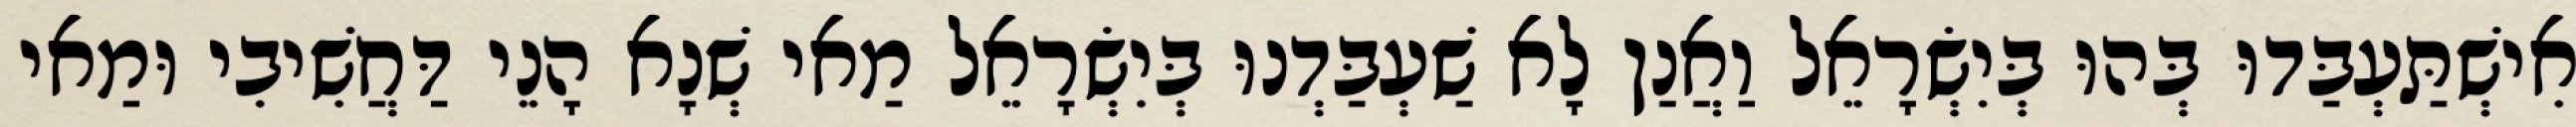
אִישְׁתַּעְבַּדוּ בְּהוּ בְּיִשְׂרָאֵל וַאֲנַן לָא שַׁעְבַּדְנוּ בְּיִשְׂרָאֵל מַאי שְׁנָא הָנֵי דַּחֲשִׁיבִי וּמַאי